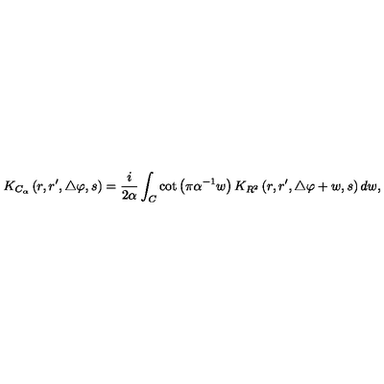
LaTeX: K _ { C _ { \alpha } } \left( r , r ^ { \prime } , \triangle \varphi , s \right) = { \frac { i } { 2 \alpha } } \int _ { C } \cot \left( \pi \alpha ^ { - 1 } w \right) K _ { R ^ { 2 } } \left( r , r ^ { \prime } , \triangle \varphi + w , s \right) d w ,